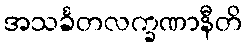
အသင်္ခတလက္ခဏာနီတိ